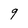
Character: 9